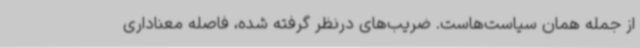
از جمله همان سیاست‌هاست. ضریب‌های درنظر گرفته شده، فاصله معناداری